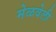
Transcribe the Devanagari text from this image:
मेळवेली